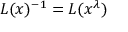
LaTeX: L ( x ) ^ { - 1 } = L ( x ^ { \lambda } )